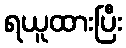
ရယူထားပြီး